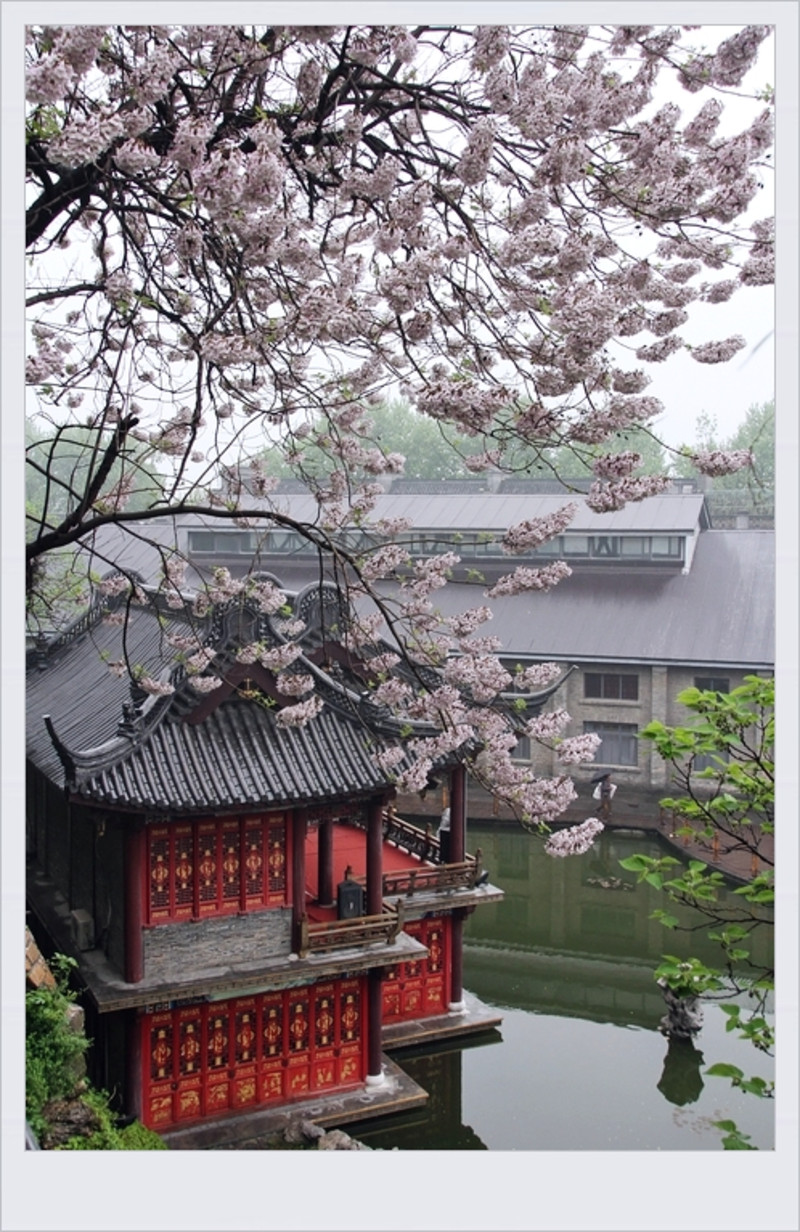
忆共锦衾无半缝，郎似桐花，妾似桐花凤。